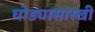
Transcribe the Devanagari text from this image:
घोड्यासारखी